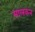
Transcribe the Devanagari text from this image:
मालकन